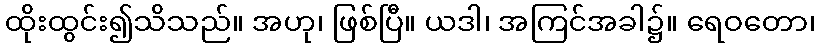
ထိုးထွင်း၍သိသည်။ အဟု၊ ဖြစ်ပြီ။ ယဒါ၊ အကြင်အခါ၌။ ရေဝတော၊